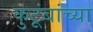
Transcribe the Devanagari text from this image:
कुटूंबांच्या